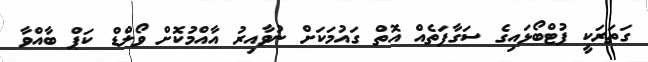
ގަތަރަކީ ފުޓްބޯޅައިގެ ސަގާފަތެއް އޮތް ގައުމަކަށް ނުވާއިރު އާއްމުކޮށް ވޯލްޑް ކަޕް ބާއްވާ